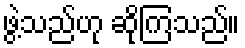
ဖွဲ့သည်ဟု ဆိုကြသည်။